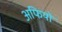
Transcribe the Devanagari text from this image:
अफियो